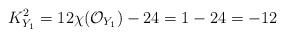
LaTeX: \begin{align*}K_{Y_1}^2=12\chi(\mathcal{O}_{Y_1})-24=1-24=-12\end{align*}